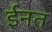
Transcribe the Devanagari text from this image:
ईनत